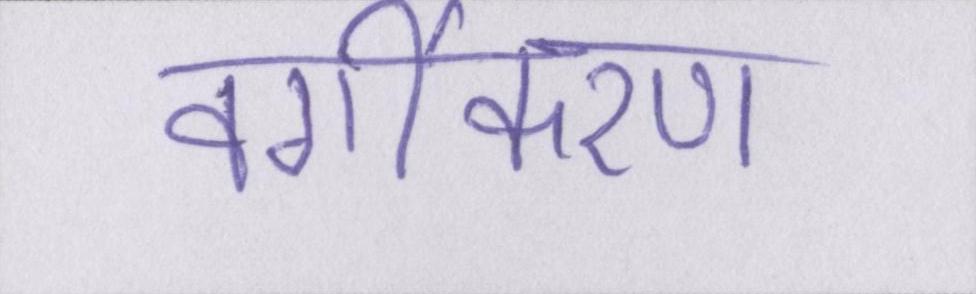
वर्गीकरण